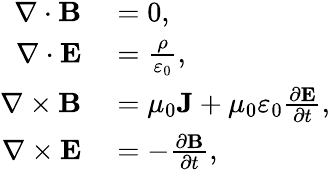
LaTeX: \begin{array}{rl}{\nabla\cdot\mathbf{B}}&{{}=0,}\\ {\nabla\cdot\mathbf{E}}&{{}={\frac{\rho}{\varepsilon_{0}}},}\\ {\nabla\times\mathbf{B}}&{{}=\mu_{0}\mathbf{J}+\mu_{0}\varepsilon_{0}{\frac{\partial\mathbf{E}}{\partial t}},}\\ {\nabla\times\mathbf{E}}&{{}=-{\frac{\partial\mathbf{B}}{\partial t}},}\end{array}